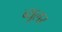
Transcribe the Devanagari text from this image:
ब्यूलर